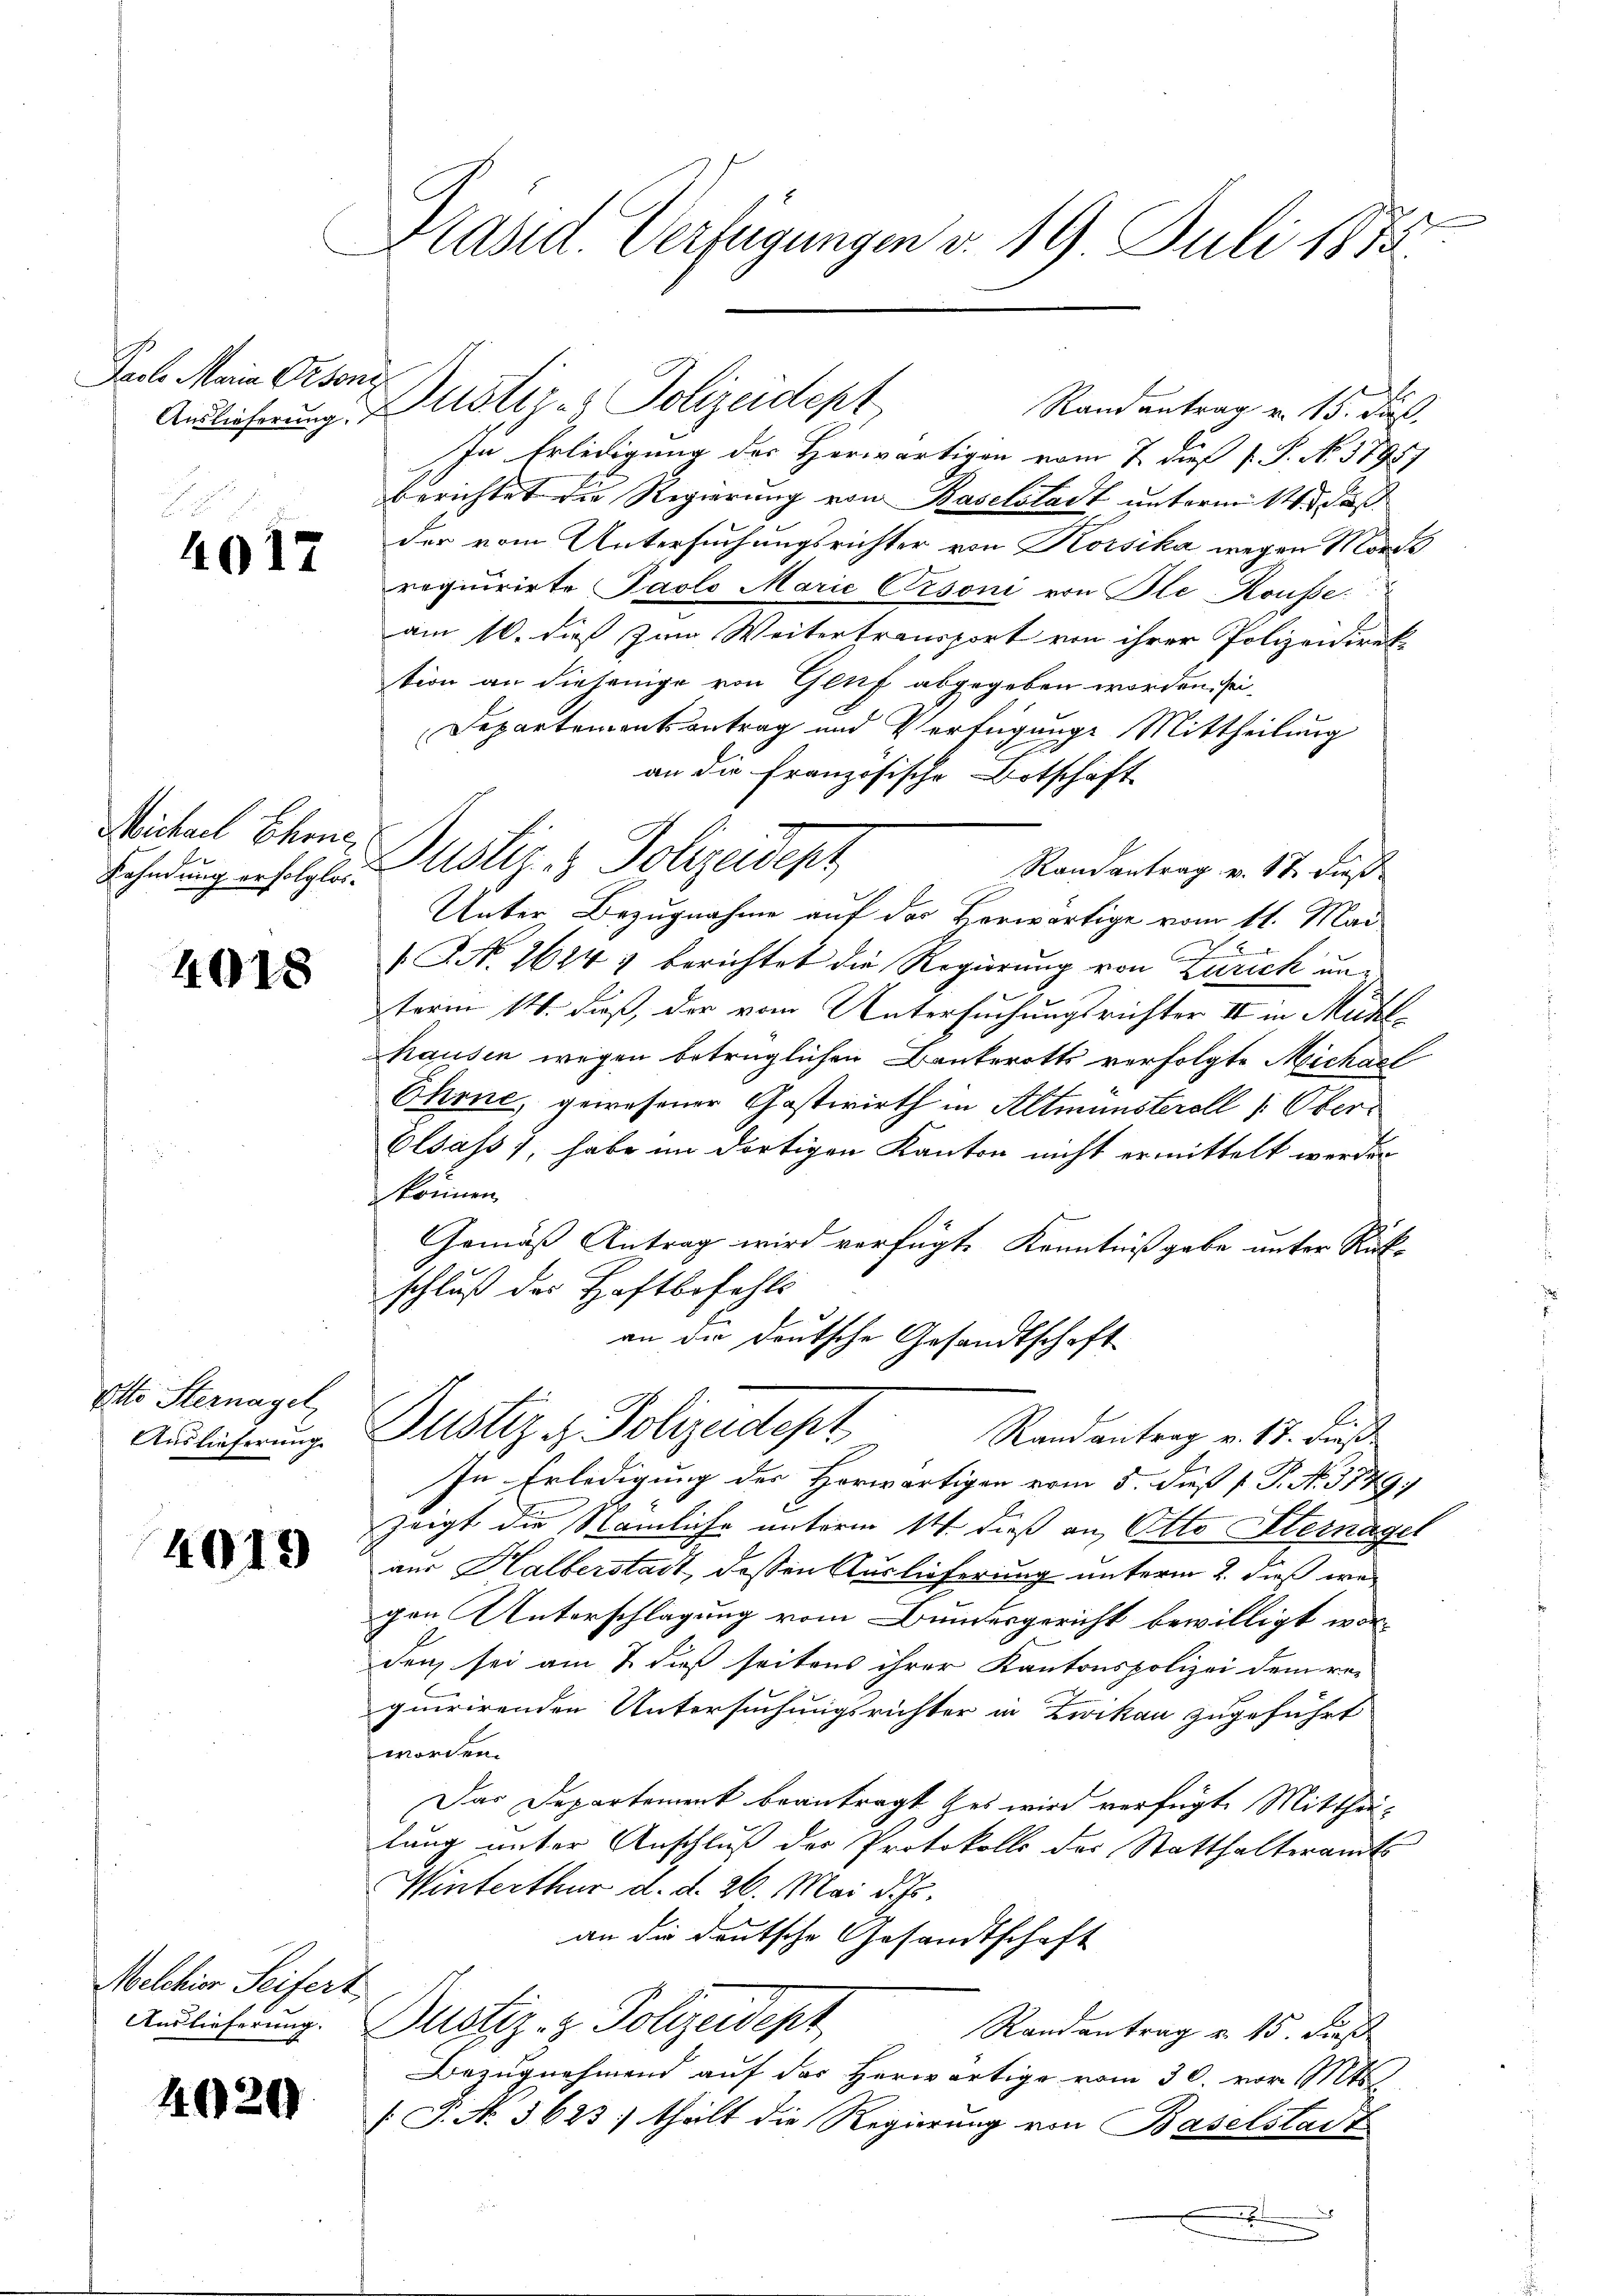
Pacle Mein Geson

4017

Michael Chrne

4018

Otto Sternagel
Auslieferung.

4019

Melchior Seifers

4020

Präsid. Verfügungen d. 19 Juli 1873.

Randantrag v. 15. ds.
In Erledigung des Herwärtigen vom 7. dieß P. P. No. 3795)
berichtet die Regierung von Baselstadt untermitte daß
der vom Untersuchungsrichter von Korsika wegen Mords
requirirte Pavlo Marie Cisoni von Ple Kousse:
am 10. dieß zum Weitertransport von ihrer Polizeidirek
tion an diejenige von Gluf abgegeben worden sei
Departementsantrag und Verfügunge Mittheilung
an die französische Botschaft
Randantrag v. 17. dieß
Unter Bezugnahme auf das Herwärtige vom 11. Mai
2
 No. 1614 berichtet die Regierung von Zürich unterm 14. daß, der vom Untersuchungsrichter II in Mühlhausen wegen betrüglichen Bankerotts verfolgte Michael
Ehrne, gewesener Gastwirth in Altmünsteroll (Ober
Olsass, habe im dortigen Kanton nicht ermittelt werden.
können.
Gemäß Antrag wird verfügte Kenntnißgabe unter Rückschluß der Haftbefehls
an die deutsche Gesandtschaft
Justiz & Polizeidept
Randantrag v. 17. dieß¬
In Erledigung des Horwärtigen vom 5. dieß P. P. No. 3749,
zeigt die Nämliche unterm 14. dieß an Otto Peternager
aur Halberstadt, dessen Auslieferung unterm 2. dieß wa
gen Unterschlagung vom Bundesgericht bewilligt worden sei am 7. dieß seitens ihrer Kantonspolizei dem requirirenden Untersuchungsrichter in Zwikau zugeführt
worden.
Das Departement beantragt es wird verfügte Mittheilung unter Anschluß des Protokolls der Statthalteramts
Winterthur d. d. 26. Mai d. Js.
an die deutsche Gesandtschaft
Auslieferung. Justiz- & Polizeidept
Randantrag v. 15. dieß
Bezugnehmend auf das herwärtige vom 30. vor. Mts.
§ T. N. 3623; theilt die Regierung von Baselstadt
.

Auslieferung. Justiz- & Polizeidept

Sehendung ersetzten Astiz & Polizeidept